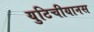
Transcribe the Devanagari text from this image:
युटिचीयानस